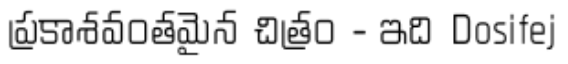
ప్రకాశవంతమైన చిత్రం - ఇది Dosifej